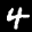
Label: 4